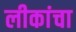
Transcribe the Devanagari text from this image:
लीकांचा